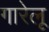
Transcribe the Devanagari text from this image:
गारेलू